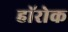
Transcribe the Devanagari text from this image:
हॉरोक